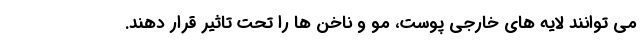
می توانند لایه های خارجی پوست، مو و ناخن ها را تحت تاثیر قرار دهند.